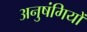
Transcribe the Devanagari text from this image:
अनुषंगियों